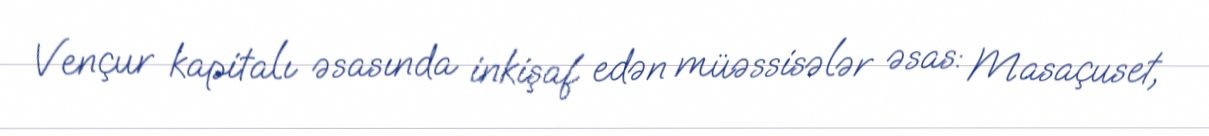
Vençur kapitalı əsasında inkişaf edən müəssisələr əsas: Masaçuset,